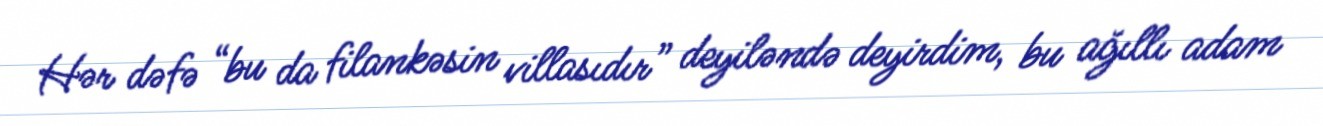
Hər dəfə “bu da filankəsin villasıdır” deyiləndə deyirdim, bu ağıllı adam